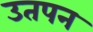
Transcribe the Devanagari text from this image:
उतपन